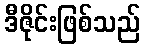
ဒီဇိုင်းဖြစ်သည်